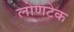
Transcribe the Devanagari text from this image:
लोणटेक